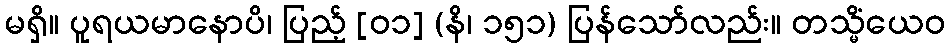
မရှိ။ ပူရယမာနောပိ၊ ပြည့် [၀၁] (နိ၊ ၁၅၁) ပြန်သော်လည်း။ တသ္မိံယေဝ